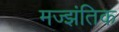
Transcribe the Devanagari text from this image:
मज्झंतिक